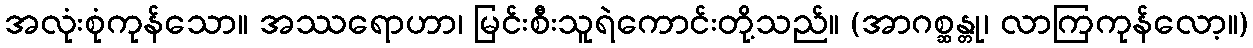
အလုံးစုံကုန်သော။ အဿရောဟာ၊ မြင်းစီးသူရဲကောင်းတို့သည်။ (အာဂစ္ဆန္တု၊ လာကြကုန်လော့။)